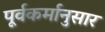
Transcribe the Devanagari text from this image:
पूर्वकर्मानुसार